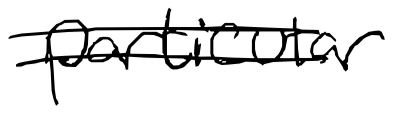
Text: particular
Cross-out: double-line
Writing tool: digital_black